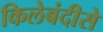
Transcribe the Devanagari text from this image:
किलेबंदीसे